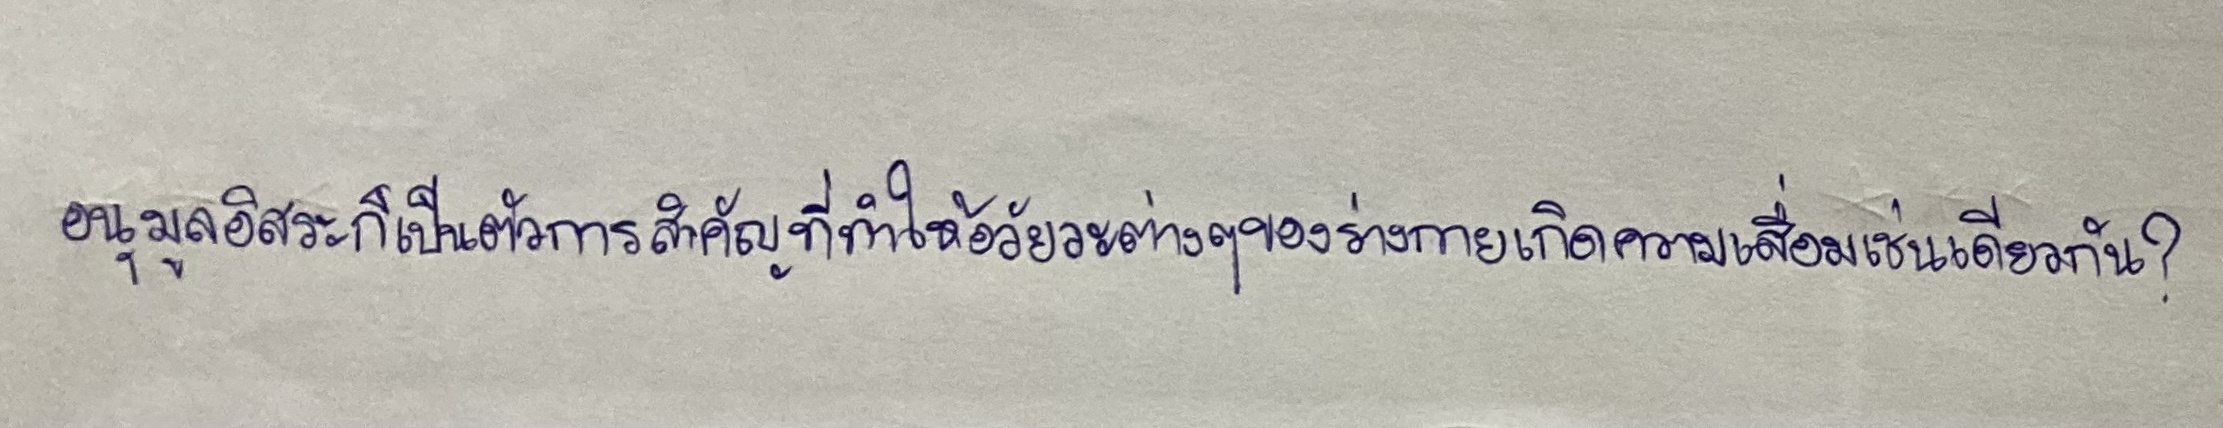
อนุมูลอิสระก็เป็นตัวการสำคัญที่ทำให้อวัยวะต่างๆของร่างกายเกิดความเสื่อมเช่นเดียวกัน?